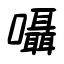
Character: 囁